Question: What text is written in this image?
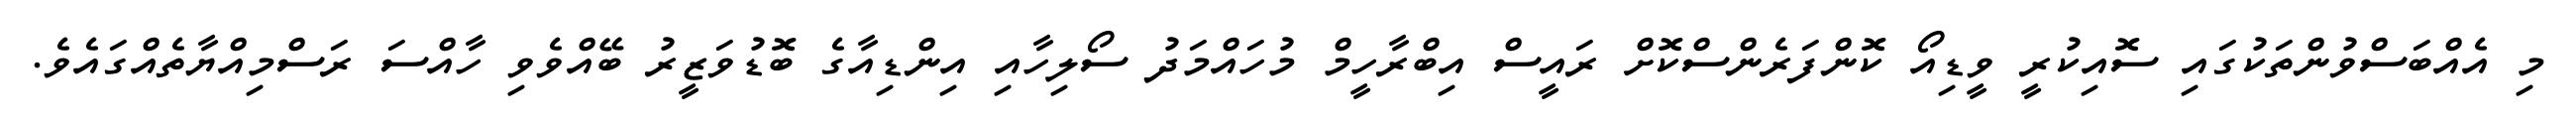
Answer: މި އެއްބަސްވުންތަކުގައި ސޮއިކުރީ ވީޑިއޯ ކޮންފަރެންސްކޮށް ރައީސް އިބްރާހީމް މުހައްމަދު ސޯލިހާއި އިންޑިއާގެ ބޮޑުވަޒީރު ބޭއްވެވި ހާއްސަ ރަސްމިއްޔާތެއްގައެވެ.